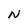
Character: N